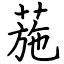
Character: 葹